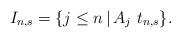
LaTeX: \begin{align*}I_{n,s} = \{ j \leq n \, | \, A_j \, \, t_{n,s} \}.\end{align*}